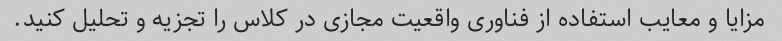
مزایا و معایب استفاده از فناوری واقعیت مجازی در کلاس را تجزیه و تحلیل کنید.